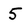
Character: 5